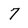
Character: 7